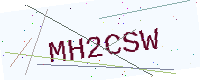
Text: MH2CSW